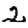
Digit: 2